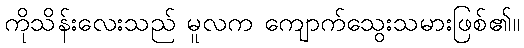
ကိုသိန်းလေးသည် မူလက ကျောက်သွေးသမားဖြစ်၏။